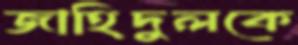
জাহিদুলকে